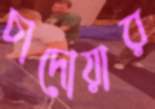
চাদোয়ার